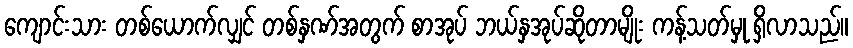
ကျောင်းသား တစ်ယောက်လျှင် တစ်နှဏ်အတွက် စာအုပ် ဘယ်နှအုပ်ဆိုတာမျိုး ကန့်သတ်မှု ရှိလာသည်။